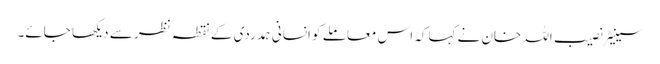
سینیٹر نصیب اللہ خان نے کہاکہ اس معاملے کو انسانی ہمدردی کے نقطہ نظر سے دیکھا جائے۔